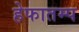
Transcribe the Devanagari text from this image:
हेफातम्प